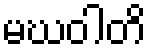
မဃဝါတိ